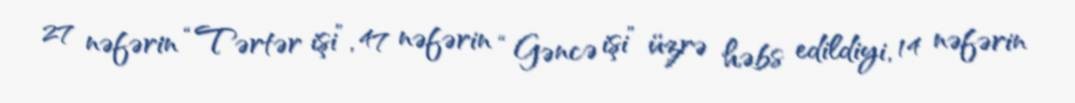
27 nəfərin “Tərtər işi”, 47 nəfərin “Gəncə işi” üzrə həbs edildiyi, 14 nəfərin